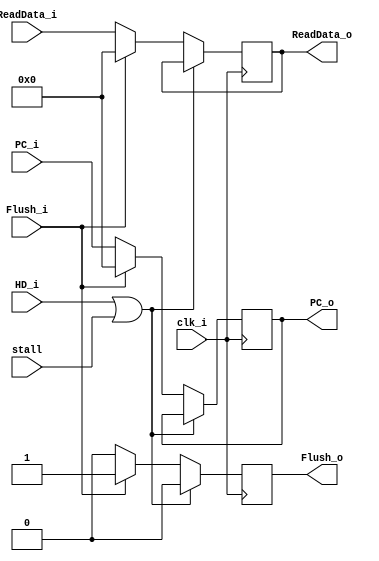
module IF_ID(
	PC_i,
	PC_o,
	ReadData_i,
	ReadData_o,
	HD_i,
	Flush_i,
	Flush_o,
    	clk_i,
	stall	
);

//Ports
input	stall;
input   [31:0]	PC_i;
input 	[31:0]	ReadData_i;
input   HD_i, Flush_i, clk_i;
output	reg Flush_o;
output reg [31:0]	PC_o;
output reg [31:0]	ReadData_o;

always @(posedge clk_i)begin
   Flush_o = 1'b0;
   if(HD_i == 1'b1 || stall == 1'b1) begin
	PC_o = PC_o;
	ReadData_o = ReadData_o;
   end
   else begin   		//can sent to the next step
	if(Flush_i ==1'b1)begin
	   PC_o = 1'b0;
	   ReadData_o = 32'b0;
	   Flush_o = Flush_i;
	end
	else begin
	   PC_o = PC_i;
	   ReadData_o = ReadData_i;
	end
   end
end

endmodule